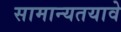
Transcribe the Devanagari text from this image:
सामान्यतयावे